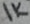
Text: 1K